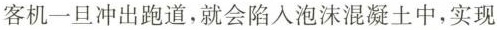
客机一旦冲出跑道，就会陷入泡沫混凝土中，实现